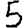
Digit: 5